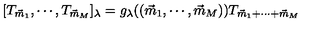
[ T _ { \vec { m } _ { 1 } } , \cdots , T _ { \vec { m } _ { M } } ] _ { \lambda } = g _ { \lambda } ( ( \vec { m } _ { 1 } , \cdots , \vec { m } _ { M } ) ) T _ { \vec { m } _ { 1 } + \cdots + \vec { m } _ { M } }